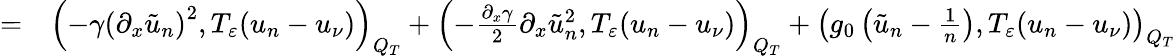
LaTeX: \begin{array}{rl}{=}&{{}\left(-\gamma\left(\partial_{x}\tilde{u}_{n}\right)^{2},T_{\varepsilon}(u_{n}-u_{\nu})\right)_{Q_{T}}+\left(-\frac{\partial_{x}\gamma}{2}\partial_{x}\tilde{u}_{n}^{2},T_{\varepsilon}(u_{n}-u_{\nu})\right)_{Q_{T}}+\left(g_{0}\left(\tilde{u}_{n}-\frac{1}{n}\right),T_{\varepsilon}(u_{n}-u_{\nu})\right)_{Q_{T}}}\end{array}